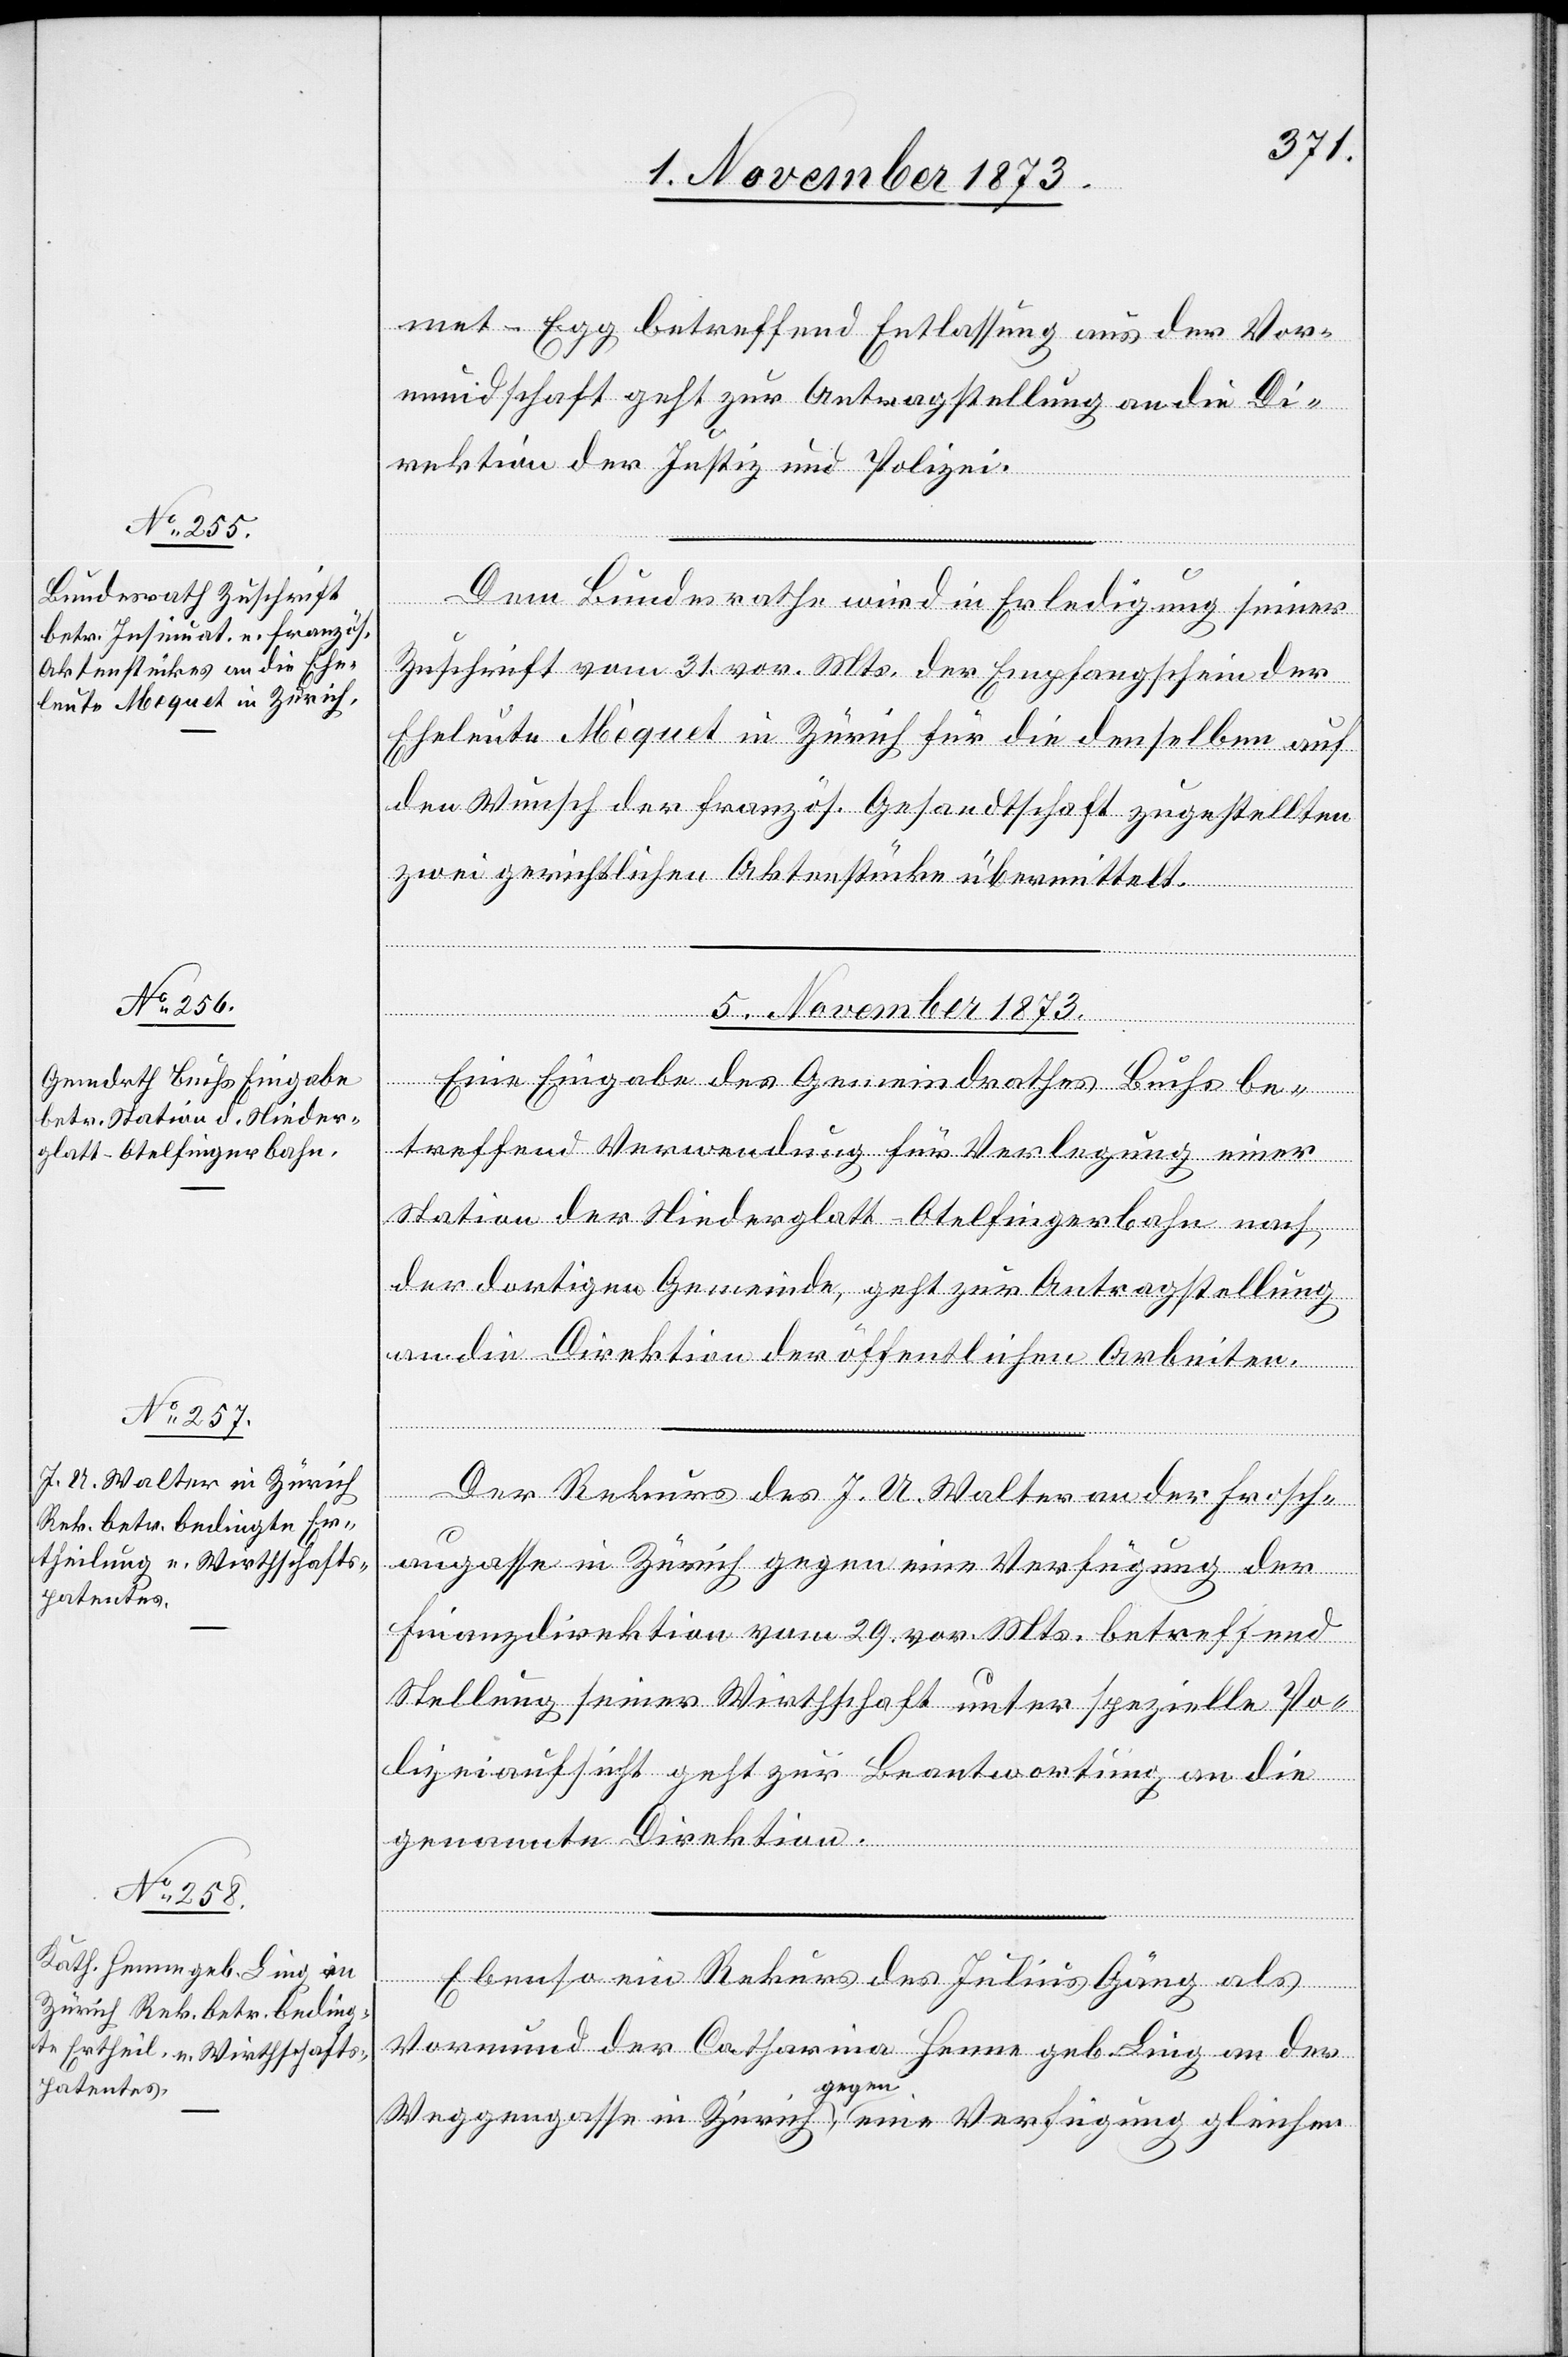
5. November 1873.]
met - Egg betreffend Entlassung aus der Vor¬
mundschaft geht zur Antragstellung an die Di¬
rektion der Justiz und Polizei.
Dem Bundesrathe wird in Erledigung seiner
Zuschrift vom 31. vor. Mts. der Empfangschein der
Eheleute Mèquet [sic!] in Zürich für die denselben auf
den Wunsch der französ. Gesandtschaft zugestellten
zwei gerichtlichen Aktenstücke übermittelt.
Eine Eingabe des Gemeindrathes Buchs be¬
treffend Verwendung für Verlegung einer
Station der Niederglatt–Otelfingerbahn nach
der dortigen Gemeinde, geht zur Antragstellung
an die Direktion der öffentlichen Arbeiten.
Der Rekurs des J. U. Walter an der Frosch¬
augasse in Zürich gegen eine Verfügung der
Finanzdirektion vom 29. vor. Mts. betreffend
Stellung seiner Wirthschaft unter spezielle Po¬
lizeiaufsicht geht zur Beantwortung an die
genannte Direktion.
Ebenso ein Rekurs des Julius Gäng als
Vormund der Catharina Henne geb. Ling an der
Weggengasse in Zürich, gegen eine Verfügung gleichen